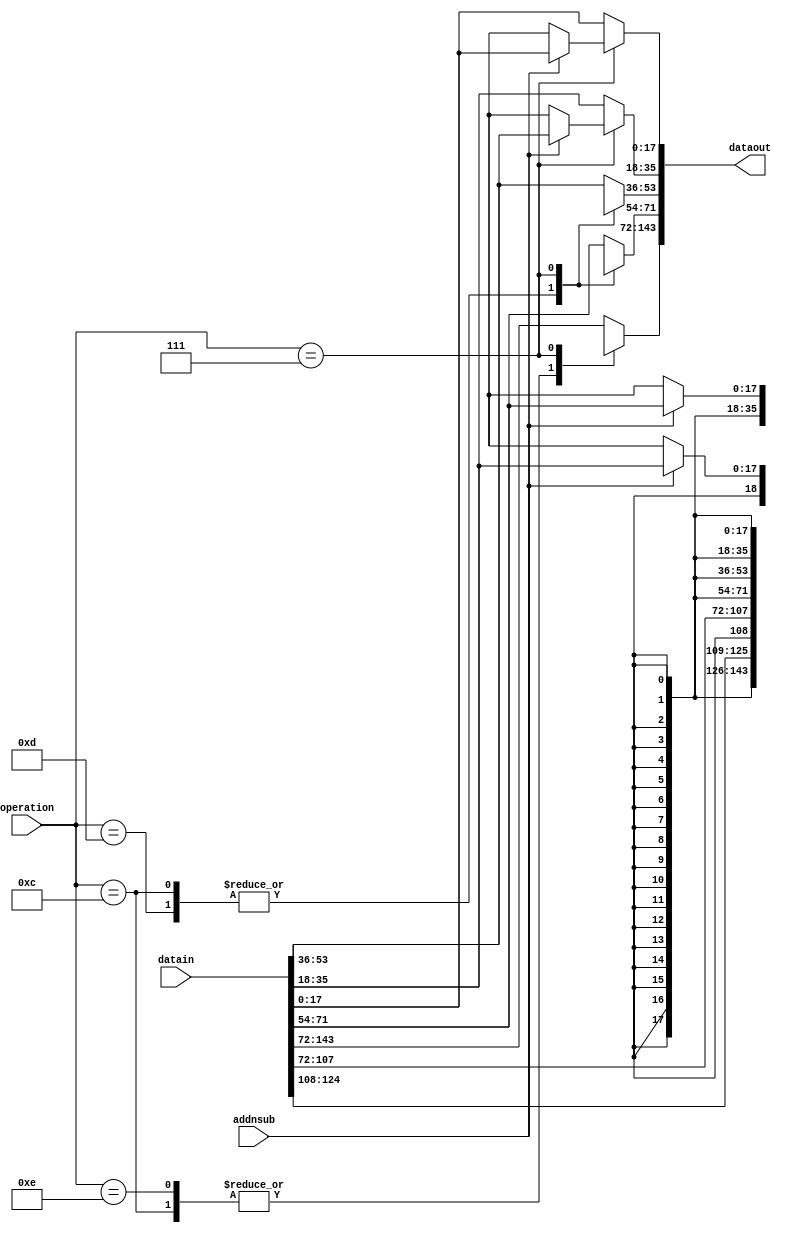
module stratixii_reorder_output(
                                  datain,
                                  addnsub,
                                  operation,
                                  dataout
                                 );
parameter  operation_mode = "dynamic";
input [143:0] datain;
input [3:0]      operation;
input  addnsub;
output [143:0] dataout;
reg [143:0]       dataout_tmp;
wire [3:0]    operation;
assign dataout = dataout_tmp;
always @ (datain or addnsub)
    begin
        if(operation_mode == "dynamic")
            begin
                case (operation)
                    4'b1100 : 
                        dataout_tmp = {18'bX, datain[124:108],1'bX, datain[107:72],18'bX, datain[52:36], 1'bX, datain[35:0]};
                    4'b1101 : 
                        dataout_tmp = {datain[143:72], 18'bX, datain[52:36], 1'bX, datain[35:0]};
                    4'b1110 :
                        dataout_tmp = {18'bX, datain[124:108], 1'bX, datain[107:0]};
                    4'b0111 :
                        begin 
                            dataout_tmp[17:0] = (addnsub) ? datain[17:0] : 18'bX;
                            dataout_tmp[35:18] = (addnsub) ? datain[53:36] : 18'bX;
                            dataout_tmp[53:36] = (addnsub) ? datain[35:18] : 18'bX;
                            dataout_tmp[71:54] = (addnsub) ? datain[71:54] : 18'bX;
                            dataout_tmp[143:72] = 72'bX;
                        end
                    default :
                         dataout_tmp = datain;
                endcase
            end
       else
           dataout_tmp = datain;
    end
endmodule